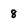
Character: 8